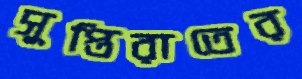
সুপ্তিরাতের